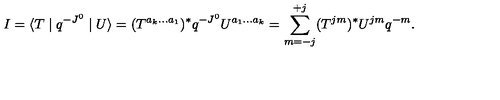
I = \langle T \mid q ^ { - J ^ { 0 } } \mid U \rangle = ( T ^ { a _ { k } . . . a _ { 1 } } ) ^ { \ast } q ^ { - J ^ { 0 } } U ^ { a _ { 1 } . . . a _ { k } } = \sum _ { m = - j } ^ { + j } ( T ^ { j m } ) ^ { \ast } U ^ { j m } q ^ { - m } .